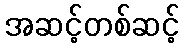
အဆင့်တစ်ဆင့်